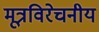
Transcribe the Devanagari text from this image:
मूत्रविरेचनीय